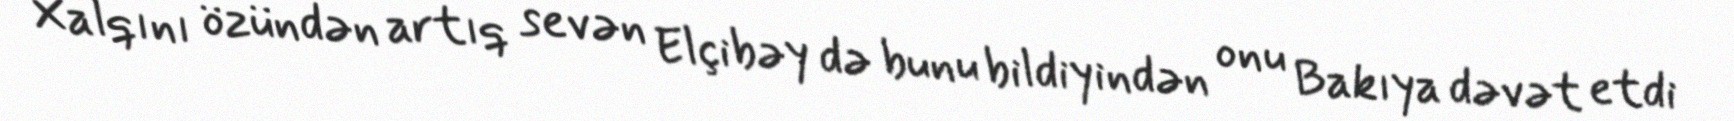
Xalqını özündən artıq sevən Elçibəy də bunu bildiyindən onu Bakıya dəvət etdi